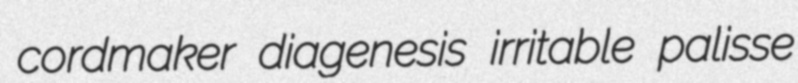
cordmaker diagenesis irritable palisse